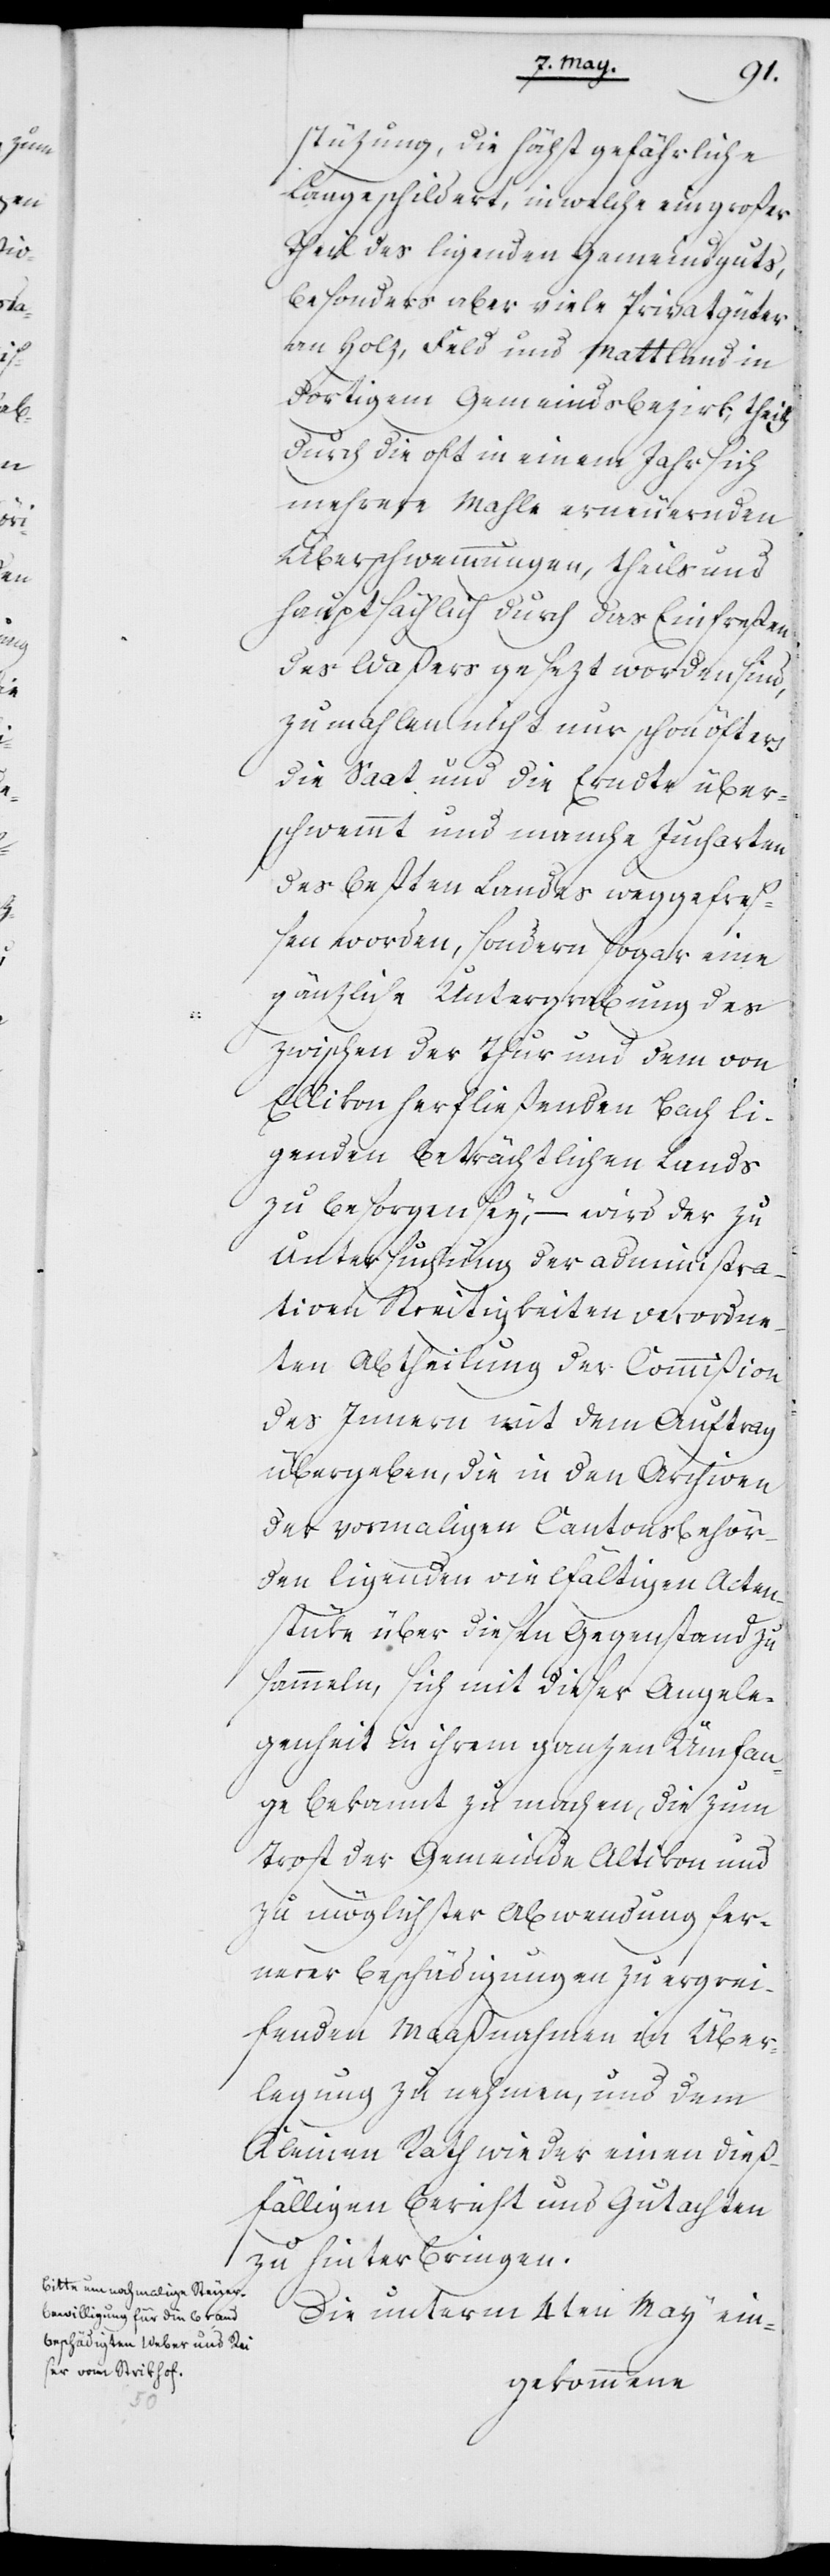
stüzung, die höchst gefährliche
Laage schildert, in welche ein großer
Theil des ligenden Gemeindeguts,
besonders aber viele Privatgüter
an Holz, Feld und Mattland in
dortigem Gemeindsbezirk, theils
durch die oft in einem Jahr sich
mehrere Mahle erneuernden
Überschwemmungen, theils und
hauptsächlich durch das Einfreßen
des Waßers gesezt worden sind,
zumahlen nicht nur schon öfters
die Saat und die Erndte über¬
schwemmt und manche Jucharten
des beßten Landes weggefre¬
ßen worden, sondern sogar eine
gänzliche Untergrabung des
zwischen der Thur und dem von
Ellikon herfließenden Bach li¬
genden beträchtlichen Lands
zu besorgen sey, – wird der zu
Untersuchung der administra¬
tiven Streitigkeiten verordne¬
ten Abtheilung der Commißion
des Innern mit dem Auftrag
übergeben, die in den Archiven
der vormaligen Cantonsbehör¬
den ligenden vielfältigen Acten¬
stüke über diesen Gegenstand zu
sammeln, sich mit dieser Angele¬
genheit in ihrem ganzen Umfan¬
ge bekannt zu machen, die zum
Trost der Gemeinde Altikon und
zu möglichster Abwendung fer¬
nerer Beschädigungen zu ergrei¬
fenden Maaßnahmen in Über¬
legung zu nehmen, und dem
Kleinen Rath wieder einen dieß¬
fälligen Bericht und Gutachten
zu hinterbringen.
Die unterm 4ten May ein-